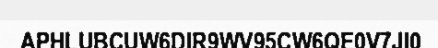
APHLUBCUW6DIR9WV95CW6QE0V7JI0